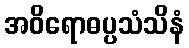
အဝိရောဓပ္ပသံသိနံ